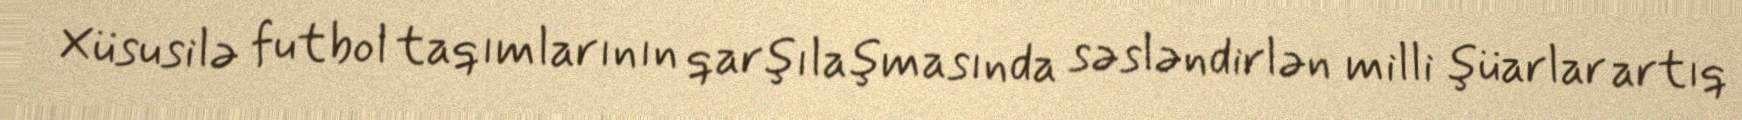
Xüsusilə futbol taqımlarının qarşılaşmasında səsləndirlən milli şüarlar artıq